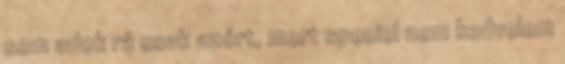
sem adok rá csak azért, mert speciel nem kedvelem